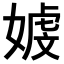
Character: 𪦒